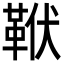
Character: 𩊙